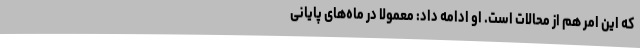
که این امر هم از محالات است. او ادامه داد: معمولا در ماه‌های پایانی